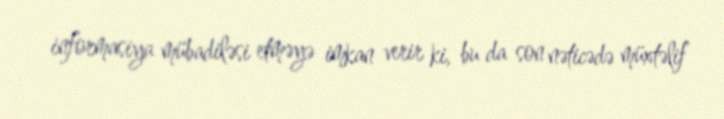
informasiya mübadiləsi etməyə imkan verir ki, bu da son nəticədə müxtəlif